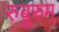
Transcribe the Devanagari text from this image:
रुबुरुम्